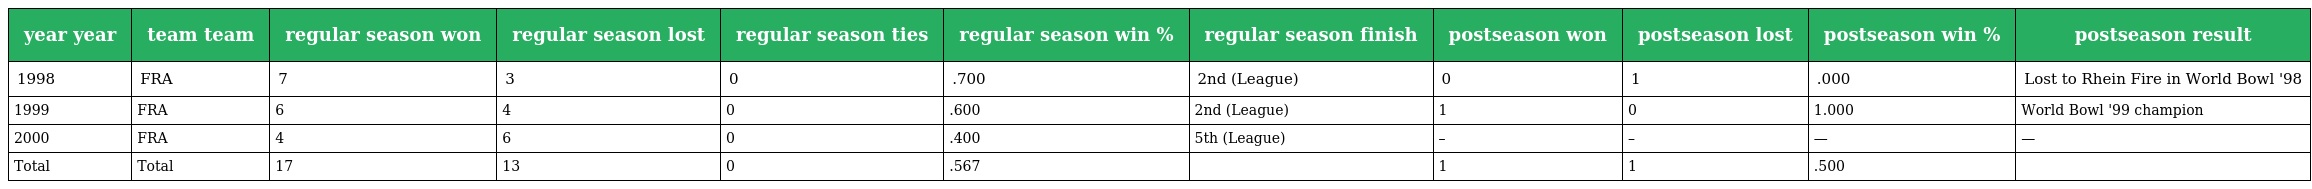
| year year | team team | regular season won | regular season lost | regular season ties | regular season win % | regular season finish | postseason won | postseason lost | postseason win % | postseason result |
 | --- | --- | --- | --- | --- | --- | --- | --- | --- | --- | --- |
 | 1998 | FRA | 7 | 3 | 0 | .700 | 2nd (League) | 0 | 1 | .000 | Lost to Rhein Fire in World Bowl '98 |
 | 1999 | FRA | 6 | 4 | 0 | .600 | 2nd (League) | 1 | 0 | 1.000 | World Bowl '99 champion |
 | 2000 | FRA | 4 | 6 | 0 | .400 | 5th (League) | – | – | — | — |
 | Total | Total | 17 | 13 | 0 | .567 |  | 1 | 1 | .500 |  |